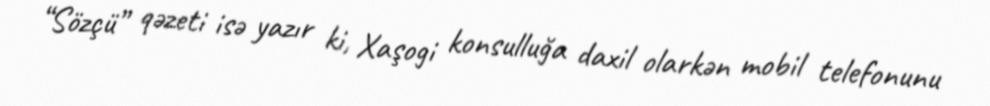
“Sözçü” qəzeti isə yazır ki, Xaşogi konsulluğa daxil olarkən mobil telefonunu